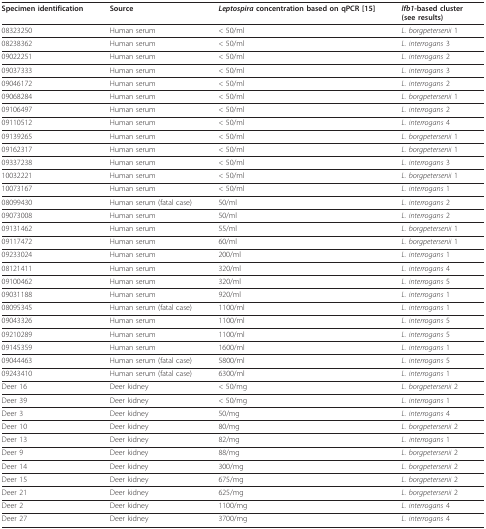
<table><thead><tr><td><b>Specimen identification</b></td><td><b>Source</b></td><td><b><i>Leptospira </i>concentration based on qPCR [15]</b></td><td><b><i>lfb1</i>-based cluster(see results)</b></td></tr></thead><tbody><tr><td>08323250</td><td>Human serum</td><td>&lt; 50/ml</td><td><i>L. borgpetersenii </i>1</td></tr><tr><td>08238362</td><td>Human serum</td><td>&lt; 50/ml</td><td><i>L. interrogans </i>3</td></tr><tr><td>09022251</td><td>Human serum</td><td>&lt; 50/ml</td><td><i>L. interrogans </i>2</td></tr><tr><td>09037333</td><td>Human serum</td><td>&lt; 50/ml</td><td><i>L. interrogans </i>3</td></tr><tr><td>09046172</td><td>Human serum</td><td>&lt; 50/ml</td><td><i>L. interrogans </i>2</td></tr><tr><td>09068284</td><td>Human serum</td><td>&lt; 50/ml</td><td><i>L. borgpetersenii </i>1</td></tr><tr><td>09106497</td><td>Human serum</td><td>&lt; 50/ml</td><td><i>L. interrogans </i>2</td></tr><tr><td>09110512</td><td>Human serum</td><td>&lt; 50/ml</td><td><i>L. interrogans </i>4</td></tr><tr><td>09139265</td><td>Human serum</td><td>&lt; 50/ml</td><td><i>L. borgpetersenii </i>1</td></tr><tr><td>09162317</td><td>Human serum</td><td>&lt; 50/ml</td><td><i>L. borgpetersenii </i>1</td></tr><tr><td>09337238</td><td>Human serum</td><td>&lt; 50/ml</td><td><i>L. interrogans </i>3</td></tr><tr><td>10032221</td><td>Human serum</td><td>&lt; 50/ml</td><td><i>L. borgpetersenii </i>1</td></tr><tr><td>10073167</td><td>Human serum</td><td>&lt; 50/ml</td><td><i>L. interrogans </i>1</td></tr><tr><td>08099430</td><td>Human serum (fatal case)</td><td>50/ml</td><td><i>L. interrogans </i>2</td></tr><tr><td>09073008</td><td>Human serum</td><td>50/ml</td><td><i>L. interrogans </i>2</td></tr><tr><td>09131462</td><td>Human serum</td><td>55/ml</td><td><i>L. borgpetersenii </i>1</td></tr><tr><td>09117472</td><td>Human serum</td><td>60/ml</td><td><i>L. borgpetersenii </i>1</td></tr><tr><td>09233024</td><td>Human serum</td><td>200/ml</td><td><i>L. interrogans </i>1</td></tr><tr><td>08121411</td><td>Human serum</td><td>320/ml</td><td><i>L. interrogans </i>4</td></tr><tr><td>09100462</td><td>Human serum</td><td>320/ml</td><td><i>L. interrogans </i>5</td></tr><tr><td>09031188</td><td>Human serum</td><td>920/ml</td><td><i>L. interrogans </i>1</td></tr><tr><td>08095345</td><td>Human serum (fatal case)</td><td>1100/ml</td><td><i>L. interrogans </i>1</td></tr><tr><td>09043326</td><td>Human serum</td><td>1100/ml</td><td><i>L. interrogans </i>5</td></tr><tr><td>09210289</td><td>Human serum</td><td>1100/ml</td><td><i>L. interrogans </i>5</td></tr><tr><td>09145359</td><td>Human serum</td><td>1600/ml</td><td><i>L. interrogans </i>1</td></tr><tr><td>09044463</td><td>Human serum (fatal case)</td><td>5800/ml</td><td><i>L. interrogans </i>5</td></tr><tr><td>09243410</td><td>Human serum (fatal case)</td><td>6300/ml</td><td><i>L. interrogans </i>1</td></tr><tr><td>Deer 16</td><td>Deer kidney</td><td>&lt; 50/mg</td><td><i>L. borgpetersenii </i>2</td></tr><tr><td>Deer 39</td><td>Deer kidney</td><td>&lt; 50/mg</td><td><i>L. interrogans </i>1</td></tr><tr><td>Deer 3</td><td>Deer kidney</td><td>50/mg</td><td><i>L. interrogans </i>4</td></tr><tr><td>Deer 10</td><td>Deer kidney</td><td>80/mg</td><td><i>L. borgpetersenii </i>2</td></tr><tr><td>Deer 13</td><td>Deer kidney</td><td>82/mg</td><td><i>L. interrogans </i>1</td></tr><tr><td>Deer 9</td><td>Deer kidney</td><td>88/mg</td><td><i>L. borgpetersenii </i>2</td></tr><tr><td>Deer 14</td><td>Deer kidney</td><td>300/mg</td><td><i>L. borgpetersenii </i>2</td></tr><tr><td>Deer 15</td><td>Deer kidney</td><td>675/mg</td><td><i>L. borgpetersenii </i>2</td></tr><tr><td>Deer 21</td><td>Deer kidney</td><td>625/mg</td><td><i>L. borgpetersenii </i>2</td></tr><tr><td>Deer 2</td><td>Deer kidney</td><td>1100/mg</td><td><i>L. interrogans </i>4</td></tr><tr><td>Deer 27</td><td>Deer kidney</td><td>3700/mg</td><td><i>L. interrogans </i>4</td></tr></tbody></table>